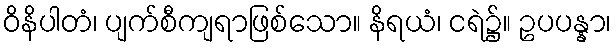
ဝိနိပါတံ၊ ပျက်စီကျရာဖြစ်သော။ နိရယံ၊ ငရဲ၌။ ဥပပန္နာ၊